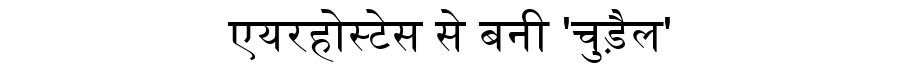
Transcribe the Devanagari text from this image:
एयरहोस्टेस से बनी 'चुड़ैल'